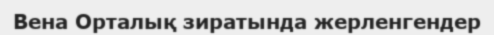
Вена Орталық зиратында жерленгендер